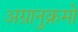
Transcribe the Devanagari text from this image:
अग्रानुक्रमों